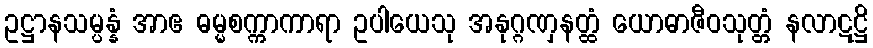
ဥဋ္ဌာနသမ္ပန္နံ အာဧ ဓမ္မစက္ကာကာရာ ဥပါယေသု အနုဂ္ဂဏှနတ္ထံ ယောဓာဇီဝသုတ္တံ နလာဋဋ္ဌိ